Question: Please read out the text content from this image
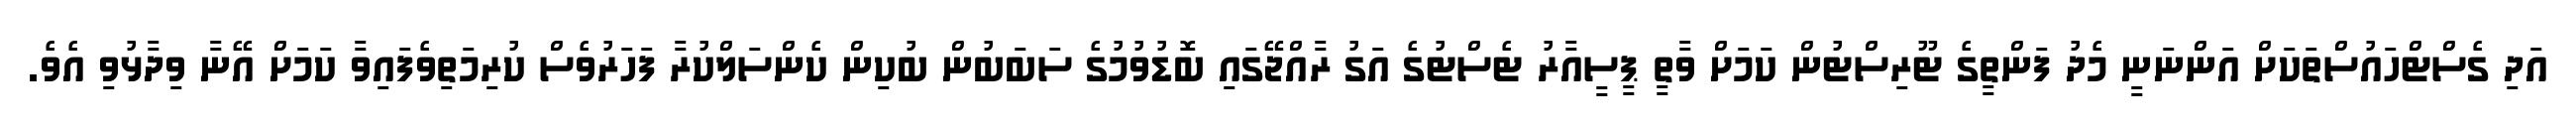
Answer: އަދި ގެސްޓްހައުސްތަކަށް އަންނަނީ މެދު ފަންތީގެ ޓޫރިސްޓުން ކަމަށް ވާތީ ޕީސީއާރު ޓެސްޓުގެ އަގު ރާއްޖޭގައި ބޮޑުވުމުގެ ސަބަބުން ބުކިން ކެންސަލްކުރާ ފަހަރުވެސް ކުރިމަތިވެފައިވާ ކަމަށް އޭނާ ވިދާޅުވި އެވެ.